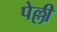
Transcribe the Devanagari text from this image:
पेल्ली